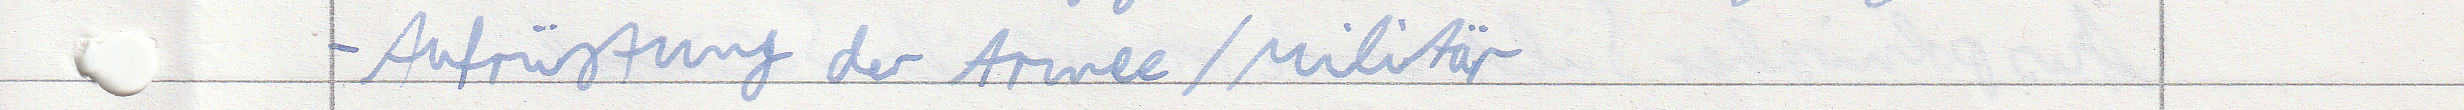
- Aufrüstung der Armee / Militär